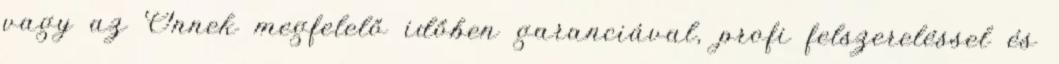
vagy az Önnek megfelelő időben garanciával, profi felszereléssel és